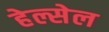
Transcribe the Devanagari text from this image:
हेल्सेल